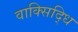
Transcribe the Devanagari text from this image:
वाक्सिद्धि